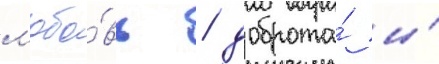
л'юбо́вь / доброта́ и́